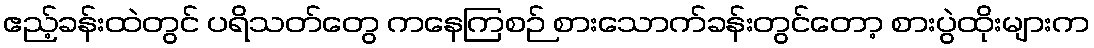
ဧည့်ခန်းထဲတွင် ပရိသတ်တွေ ကနေကြစဉ် စားသောက်ခန်းတွင်တော့ စားပွဲထိုးများက